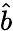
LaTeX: \widehat{b}